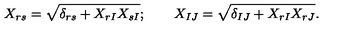
X _ { r s } = \sqrt { \delta _ { r s } + X _ { r I } X _ { s I } } ; \qquad X _ { I J } = \sqrt { \delta _ { I J } + X _ { r I } X _ { r J } } .